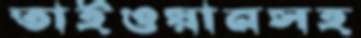
তাইওয়ানসহ